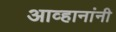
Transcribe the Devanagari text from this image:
आव्हानांनी